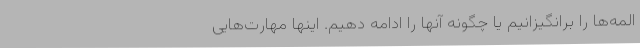
المه‌ها را برانگیزانیم یا چگونه آنها را ادامه دهیم. اینها مهارت‌هایی